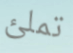
تملئ